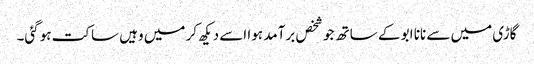
گاڑی میں سے نانا ابو کے ساتھ جو شخص برآمد ہوا اسے دیکھ کر میں وہیں ساکت ہوگئی۔